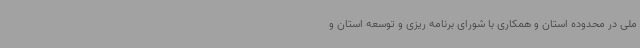
ملی در محدوده استان و همکاری با شورای برنامه ریزی و توسعه استان و